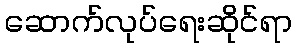
ဆောက်လုပ်ရေးဆိုင်ရာ